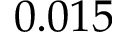
0 . 0 1 5